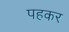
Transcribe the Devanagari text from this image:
पहकर